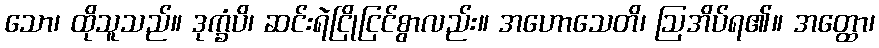
သော၊ ထိုသူသည်။ ဒုက္ခံပိ၊ ဆင်းရဲငြိုငြင်စွာလည်း။ အဟောသေတိ၊ ဩအိပ်ရ၏။ အတ္ထော၊